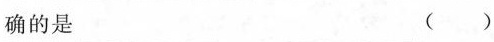
确的是 ( )